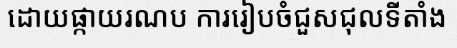
ដោយផ្កាយរណប ការរៀបចំជួសជុលទីតាំង